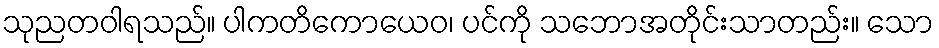
သုညတဝါရသည်။ ပါကတိကောယေဝ၊ ပင်ကို သဘောအတိုင်းသာတည်း။ သော